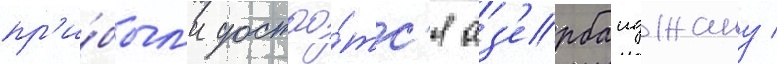
пр'и́был'и достао́тс'я аз'ербаиджану /